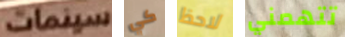
سينمات كي لاحظ تتهمني